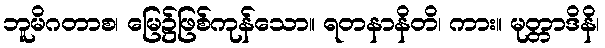
ဘူမိဂတာစ၊ မြေ၌ဖြစ်ကုန်သော။ ရတနာနိတိ၊ ကား။ မုတ္တာဒိနိ၊